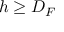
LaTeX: h \geq D _ { F }